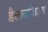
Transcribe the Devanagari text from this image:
डैलबर्जिआ